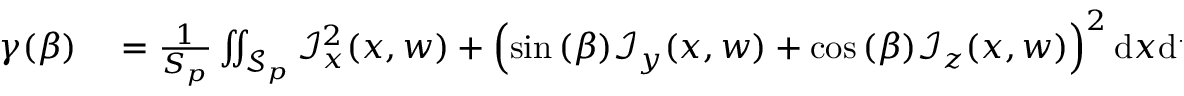
\begin{array} { r l } { \gamma ( \beta ) } & { { } = \frac { 1 } { S _ { p } } \iint _ { \mathcal { S } _ { p } } \mathcal { I } _ { x } ^ { 2 } ( x , w ) + \left( \sin { ( \beta ) } \mathcal { I } _ { y } ( x , w ) + \cos { ( \beta ) } \mathcal { I } _ { z } ( x , w ) \right) ^ { 2 } \mathrm { d } x \mathrm { d } w , } \end{array}